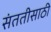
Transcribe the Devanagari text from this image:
संततीसाठी